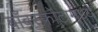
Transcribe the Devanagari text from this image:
बाँबस्फोटामध्ये